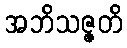
အဘိသဇ္ဇတိ